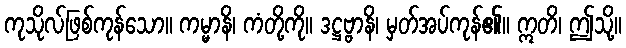
ကုသိုလ်ဖြစ်ကုန်သော။ ကမ္မာနိ၊ ကံတို့ကို။ ဒဋ္ဌဗ္ဗာနိ၊ မှတ်အပ်ကုန်၏။ ဣတိ၊ ဤသို့။